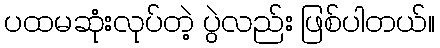
ပထမဆုံးလုပ်တဲ့ ပွဲလည်း ဖြစ်ပါတယ်။